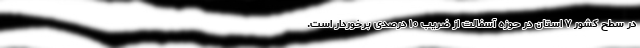
در سطح کشور ۷ استان در حوزه آسفالت از ضریب ۱۰ درصدی برخوردار است.